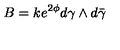
B = k e ^ { 2 \phi } d \gamma \wedge d \bar { \gamma }